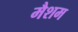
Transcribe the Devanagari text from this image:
मैशम